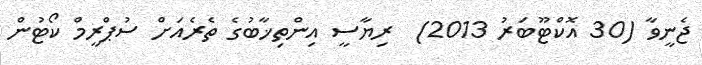
ޖެނީވާ (30 އޮކްޓޫބަރު 2013)  ރިޔާސީ އިންތިޚާބުގެ ތެރެއަށް ސުޕްރީމް ކޯޓުން